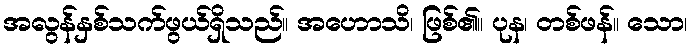
အလွန်နှစ်သက်ဖွယ်ရှိသည်။ အဟောသိ၊ ဖြစ်၏။ ပုန၊ တစ်ဖန်။ သော၊